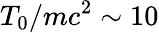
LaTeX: T_{0}/mc^{2}\sim 10